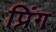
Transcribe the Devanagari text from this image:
प्रिंग